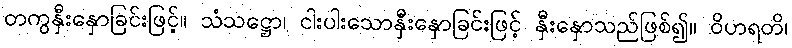
တကွနှီးနှောခြင်းဖြင့်။ သံသဋ္ဌော၊ ငါးပါးသောနှီးနှောခြင်းဖြင့် နှီးနှောသည်ဖြစ်၍။ ဝိဟရတိ၊